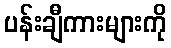
ပန်းချီကားများကို